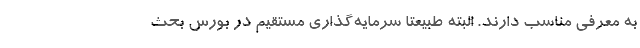
به معرفی مناسب دارند. البته طبیعتا سرمایه‌گذاری مستقیم در بورس بحث